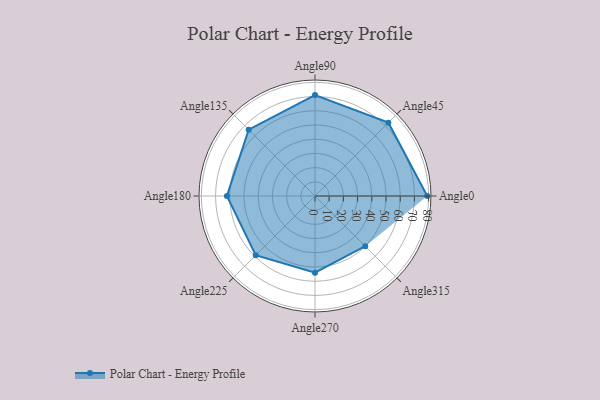
{"axis": {"x": "Angle", "y": "Radius"}, "legend": [""], "data": [{"x": "Angle0", "y": 79.0, "type": ""}, {"x": "Angle45", "y": 73.0, "type": ""}, {"x": "Angle90", "y": 71.0, "type": ""}, {"x": "Angle135", "y": 66.0, "type": ""}, {"x": "Angle180", "y": 62.0, "type": ""}, {"x": "Angle225", "y": 59.0, "type": ""}, {"x": "Angle270", "y": 54.0, "type": ""}, {"x": "Angle315", "y": 50, "type": ""}]}